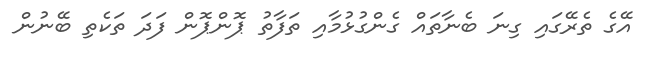
އޭގެ ތެރޭގައި ގިނަ ބެނާތައް ގެންގުޅުމާއި ތަފާތު ޕޮންޕޮން ފަދަ ތަކެތި ބޭނުން